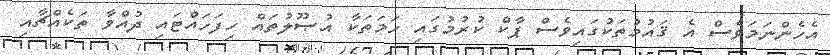
އެހެންނަމަވެސް އެ ޤައުމުތަކުގައިވެސް ޕާކް ކުރުމުގައި ހަމަތަކާ އުޞޫލުތައް ހިފަހައްޓައި ދުއްވާ ތަކެއްޗާއި